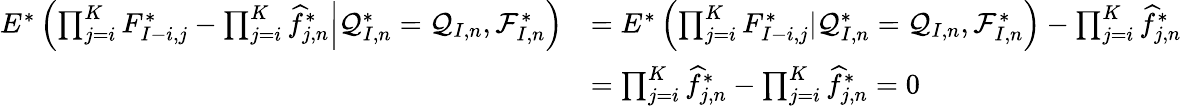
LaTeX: \begin{array}{rl}{E^{*}\left(\left.\prod_{j=i}^{K}F_{I-i,j}^{*}-\prod_{j=i}^{K}\widehat f_{j,n}^{*}\right|\mathcal{Q}_{I,n}^{*}=\mathcal{Q}_{I,n},\mathcal{F}_{I,n}^{*}\right)}&{=E^{*}\left(\prod_{j=i}^{K}F_{I-i,j}^{*}|\mathcal{Q}_{I,n}^{*}=\mathcal{Q}_{I,n},\mathcal{F}_{I,n}^{*}\right)-\prod_{j=i}^{K}\widehat f_{j,n}^{*}}\\ &{=\prod_{j=i}^{K}\widehat f_{j,n}^{*}-\prod_{j=i}^{K}\widehat f_{j,n}^{*}=0}\end{array}